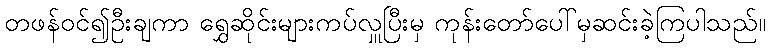
တဖန်ဝင်၍ဦးချကာ ရွှေဆိုင်းများကပ်လှူပြီးမှ ကုန်းတော်ပေါ်မှဆင်းခဲ့ကြပါသည်။